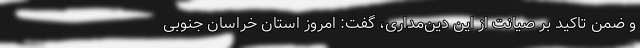
و ضمن تاکید بر صیانت از این دین‌مداری، گفت: امروز استان خراسان جنوبی